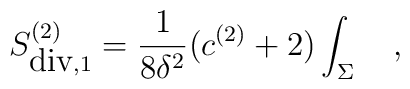
S^{(2)}_{\mbox{div},1}={1 \over 8\delta^2}(c^{(2)}+2)\int_\Sigma~~~,